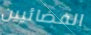
الفضائيين